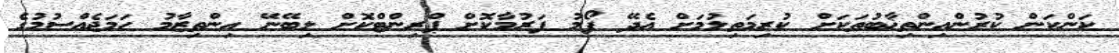
ކަންކަން ކުރުންއިންތިޚާބުތަކަށް ކުރިމަތިލުމަށް އެދޭ ފޯމު ފަރުމާކޮށް ޕްރިންޓްކޮށް ލިބޭނޭ އިންތިޒާމު ހަމަޖެއްސުމުގެ